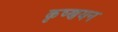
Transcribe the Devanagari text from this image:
कृष्णयन